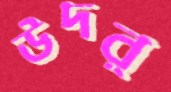
উদর্